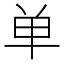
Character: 单